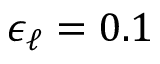
\epsilon _ { \ell } = 0 . 1